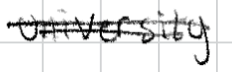
Text: University.
Cross-out: double-line
Writing tool: digital_black